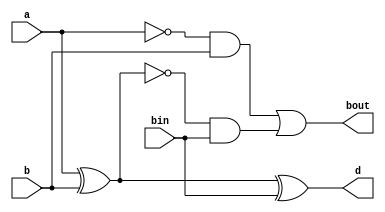
`timescale 1ns / 1ps
//////////////////////////////////////////////////////////////////////////////////
// Company: 
// Engineer: 
// 
// Design Name: 
// Module Name: FULL_SUB
// Project Name: 
// Target Devices: 
// Tool Versions: 
// Description: 
// 
// Dependencies: 
// 
// Revision:
// Revision 0.01 - File Created
// Additional Comments:
// 
//////////////////////////////////////////////////////////////////////////////////


module FULL_SUB(a,b,bin,d,bout);
    input a,b,bin;
    output d,bout;
    assign d = a^b^bin;
    assign bout =(~a & b)|(~(a^b)& bin);
    
endmodule